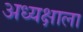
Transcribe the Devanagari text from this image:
अध्यक्षाला